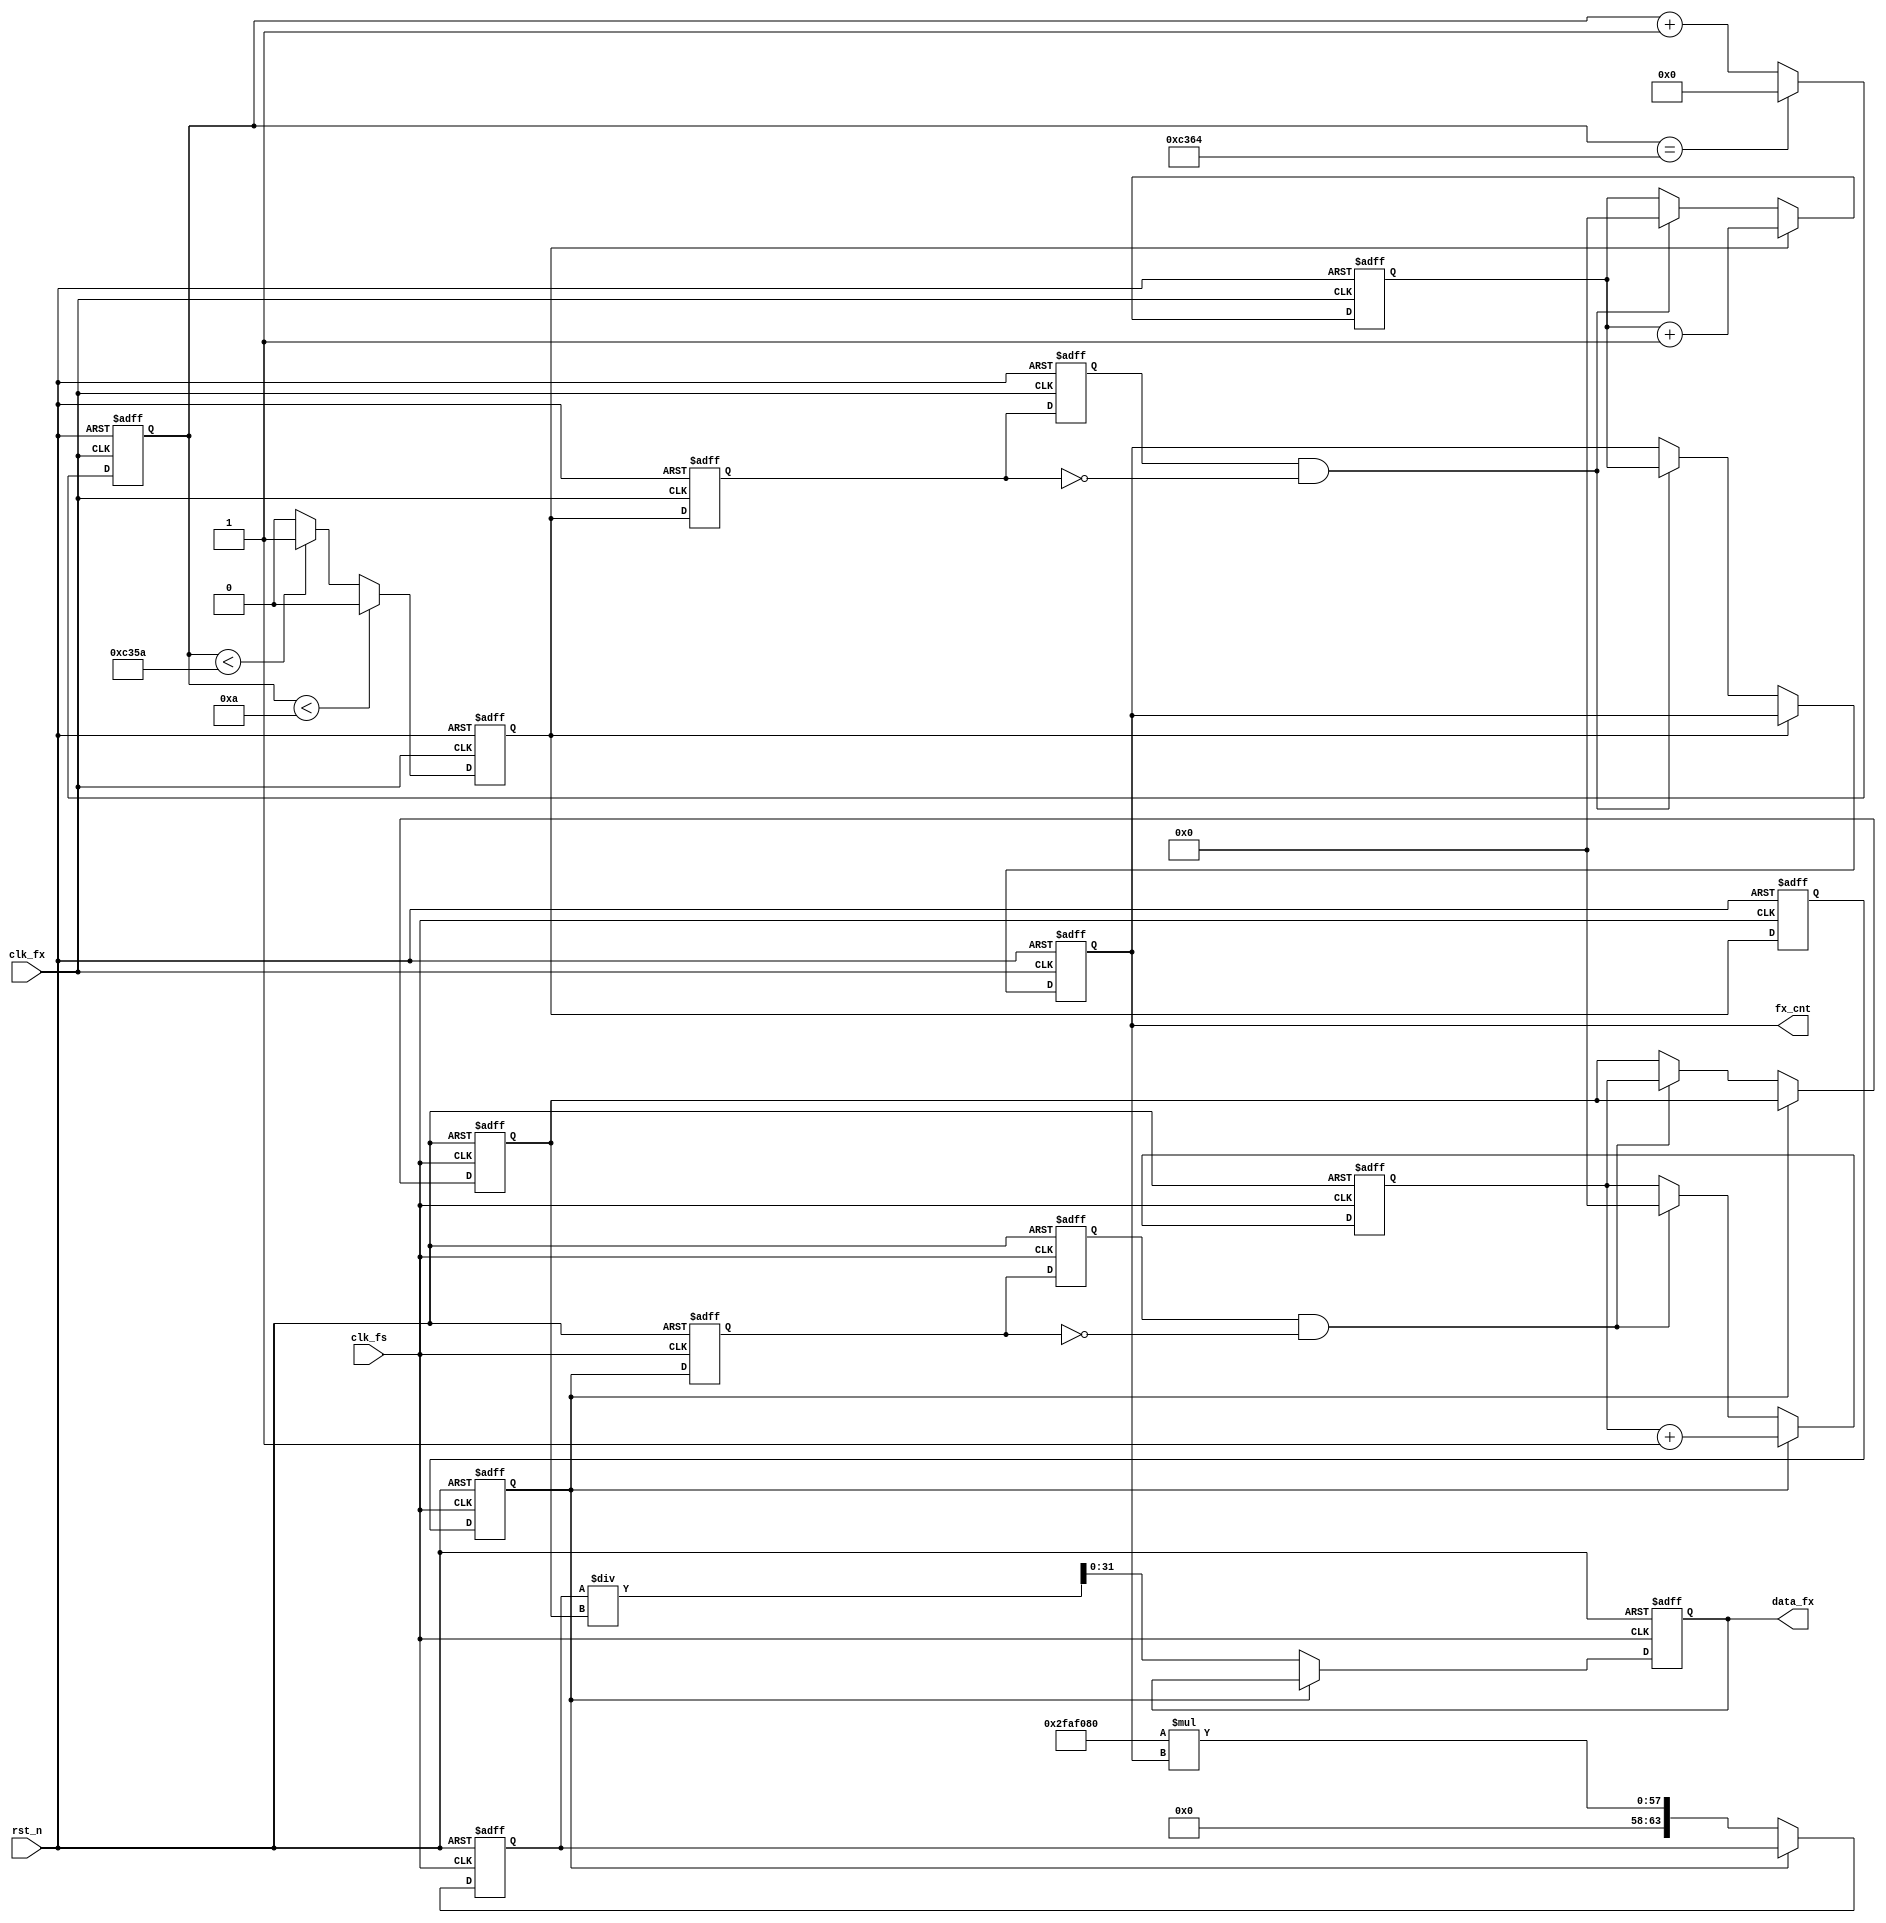
//****************************************Copyright (c)***********************************//
//----------------------------------------------------------------------------------------
// File name:           cymometer
// Last modified Date:  2020/05/28 20:28:08
// Last Version:        V1.0
// Descriptions:        

//----------------------------------------------------------------------------------------
//****************************************************************************************//

module cymometer
   #(parameter    CLK_FS = 32'd5000_0000) // 
    (   //system clock
        input                 clk_fs ,     // 
        input                 rst_n  ,     // 

        //cymometer interface
        input                 clk_fx ,     // 
        output   reg   [31:0]   data_fx,      // 
        output   reg   [31:0]   fx_cnt                // 
);

//parameter define
localparam   MAX       =  6'd32;           // fs_cntfx_cnt
localparam   GATE_TIME = 16'd50000;        // 

//reg define
reg                gate        ;           // 
reg                gate_fs     ;           // 
reg                gate_fs_r   ;           // gate
reg                gate_fs_d0  ;           // gate
reg                gate_fs_d1  ;           // 
reg                gate_fx_d0  ;           // gate
reg                gate_fx_d1  ;           // 
reg    [63:0]   data_fx_t    ;          // 
reg    [15:0]   gate_cnt    ;           // 
reg    [MAX-1:0]   fs_cnt      ;           // 
reg    [MAX-1:0]   fs_cnt_temp ;           // fs_cnt 
reg    [MAX-1:0]   fx_cnt_temp ;           // fx_cnt 

//wire define
wire               neg_gate_fs;            // 
wire               neg_gate_fx;            // 

//*****************************************************
//**                    main code
//*****************************************************

//
assign neg_gate_fs = gate_fs_d1 & (~gate_fs_d0);
assign neg_gate_fx = gate_fx_d1 & (~gate_fx_d0);

//
always @(posedge clk_fx or negedge rst_n) begin
    if(!rst_n)
        gate_cnt <= 16'd0; 
    else if(gate_cnt == GATE_TIME + 5'd20)
        gate_cnt <= 16'd0;
    else
        gate_cnt <= gate_cnt + 1'b1;
end

//GATE_TIME
always @(posedge clk_fx or negedge rst_n) begin
    if(!rst_n)
        gate <= 1'b0;
    else if(gate_cnt < 4'd10)
        gate <= 1'b0;     
    else if(gate_cnt < GATE_TIME + 4'd10)
        gate <= 1'b1;
    else if(gate_cnt <= GATE_TIME + 5'd20)
        gate <= 1'b0;
    else 
        gate <= 1'b0;
end

//
always @(posedge clk_fs or negedge rst_n) begin
    if(!rst_n) begin
        gate_fs_r <= 1'b0;
        gate_fs   <= 1'b0;
    end
    else begin
        gate_fs_r <= gate;
        gate_fs   <= gate_fs_r;
    end
end

//
always @(posedge clk_fx or negedge rst_n) begin
    if(!rst_n) begin
        gate_fx_d0 <= 1'b0;
        gate_fx_d1 <= 1'b0;
    end
    else begin
        gate_fx_d0 <= gate;
        gate_fx_d1 <= gate_fx_d0;
    end
end

//
always @(posedge clk_fs or negedge rst_n) begin
    if(!rst_n) begin
        gate_fs_d0 <= 1'b0;
        gate_fs_d1 <= 1'b0;
    end
    else begin
        gate_fs_d0 <= gate_fs;
        gate_fs_d1 <= gate_fs_d0;
    end
end

 //
always @(posedge clk_fx or negedge rst_n) begin
    if(!rst_n) begin
        fx_cnt_temp <= 32'd0;
        fx_cnt <= 32'd0;
    end
    else if(gate)
        fx_cnt_temp <= fx_cnt_temp + 1'b1;
    else if(neg_gate_fx) begin
        fx_cnt_temp <= 32'd0;
        fx_cnt   <= fx_cnt_temp;
    end
end 

//
always @(posedge clk_fs or negedge rst_n) begin
    if(!rst_n) begin
        fs_cnt_temp <= 32'd0;
        fs_cnt <= 32'd0;
    end
    else if(gate_fs)
        fs_cnt_temp <= fs_cnt_temp + 1'b1;
    else if(neg_gate_fs) begin
        fs_cnt_temp <= 32'd0;
        fs_cnt <= fs_cnt_temp;
    end
end

//
always @(posedge clk_fs or negedge rst_n) begin
    if(!rst_n) begin
        data_fx_t <= 64'd0;
    end
    else if(gate_fs == 1'b0)
        data_fx_t <= CLK_FS * fx_cnt ;
end

always @(posedge clk_fs or negedge rst_n) begin
    if(!rst_n) begin
        data_fx <= 20'd0;
    end
    else if(gate_fs == 1'b0)
        data_fx <= data_fx_t / fs_cnt ;
end

endmodule